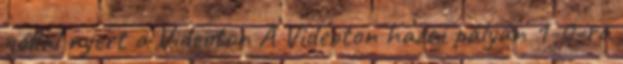
góllal nyert a Videoton A Videoton hazai pályán 1-0-ra